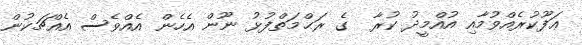
ޢަފޫކުރެއްވުމާއި އުއްމީދު ކުރާ  ގެ ރަޙްމަތްފުޅު ނޫން އެހެން އެއްވެސް އެއްޗަކުން